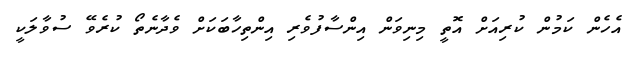
އެހެން ކަމުން ކުރިއަށް އޮތީ މިނިވަން އިންސާފުވެރި އިންތިހާބަކަށް ވެދާނެތޯ ކުރެވޭ ސުވާލަކީ